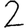
Digit: 2